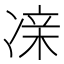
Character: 𫥔